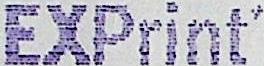
EXPRINT'